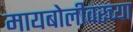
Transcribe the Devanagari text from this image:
मायबोलीवरच्या